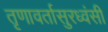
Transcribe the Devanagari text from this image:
तृणावर्तासुरध्वंसी